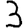
Digit: 3